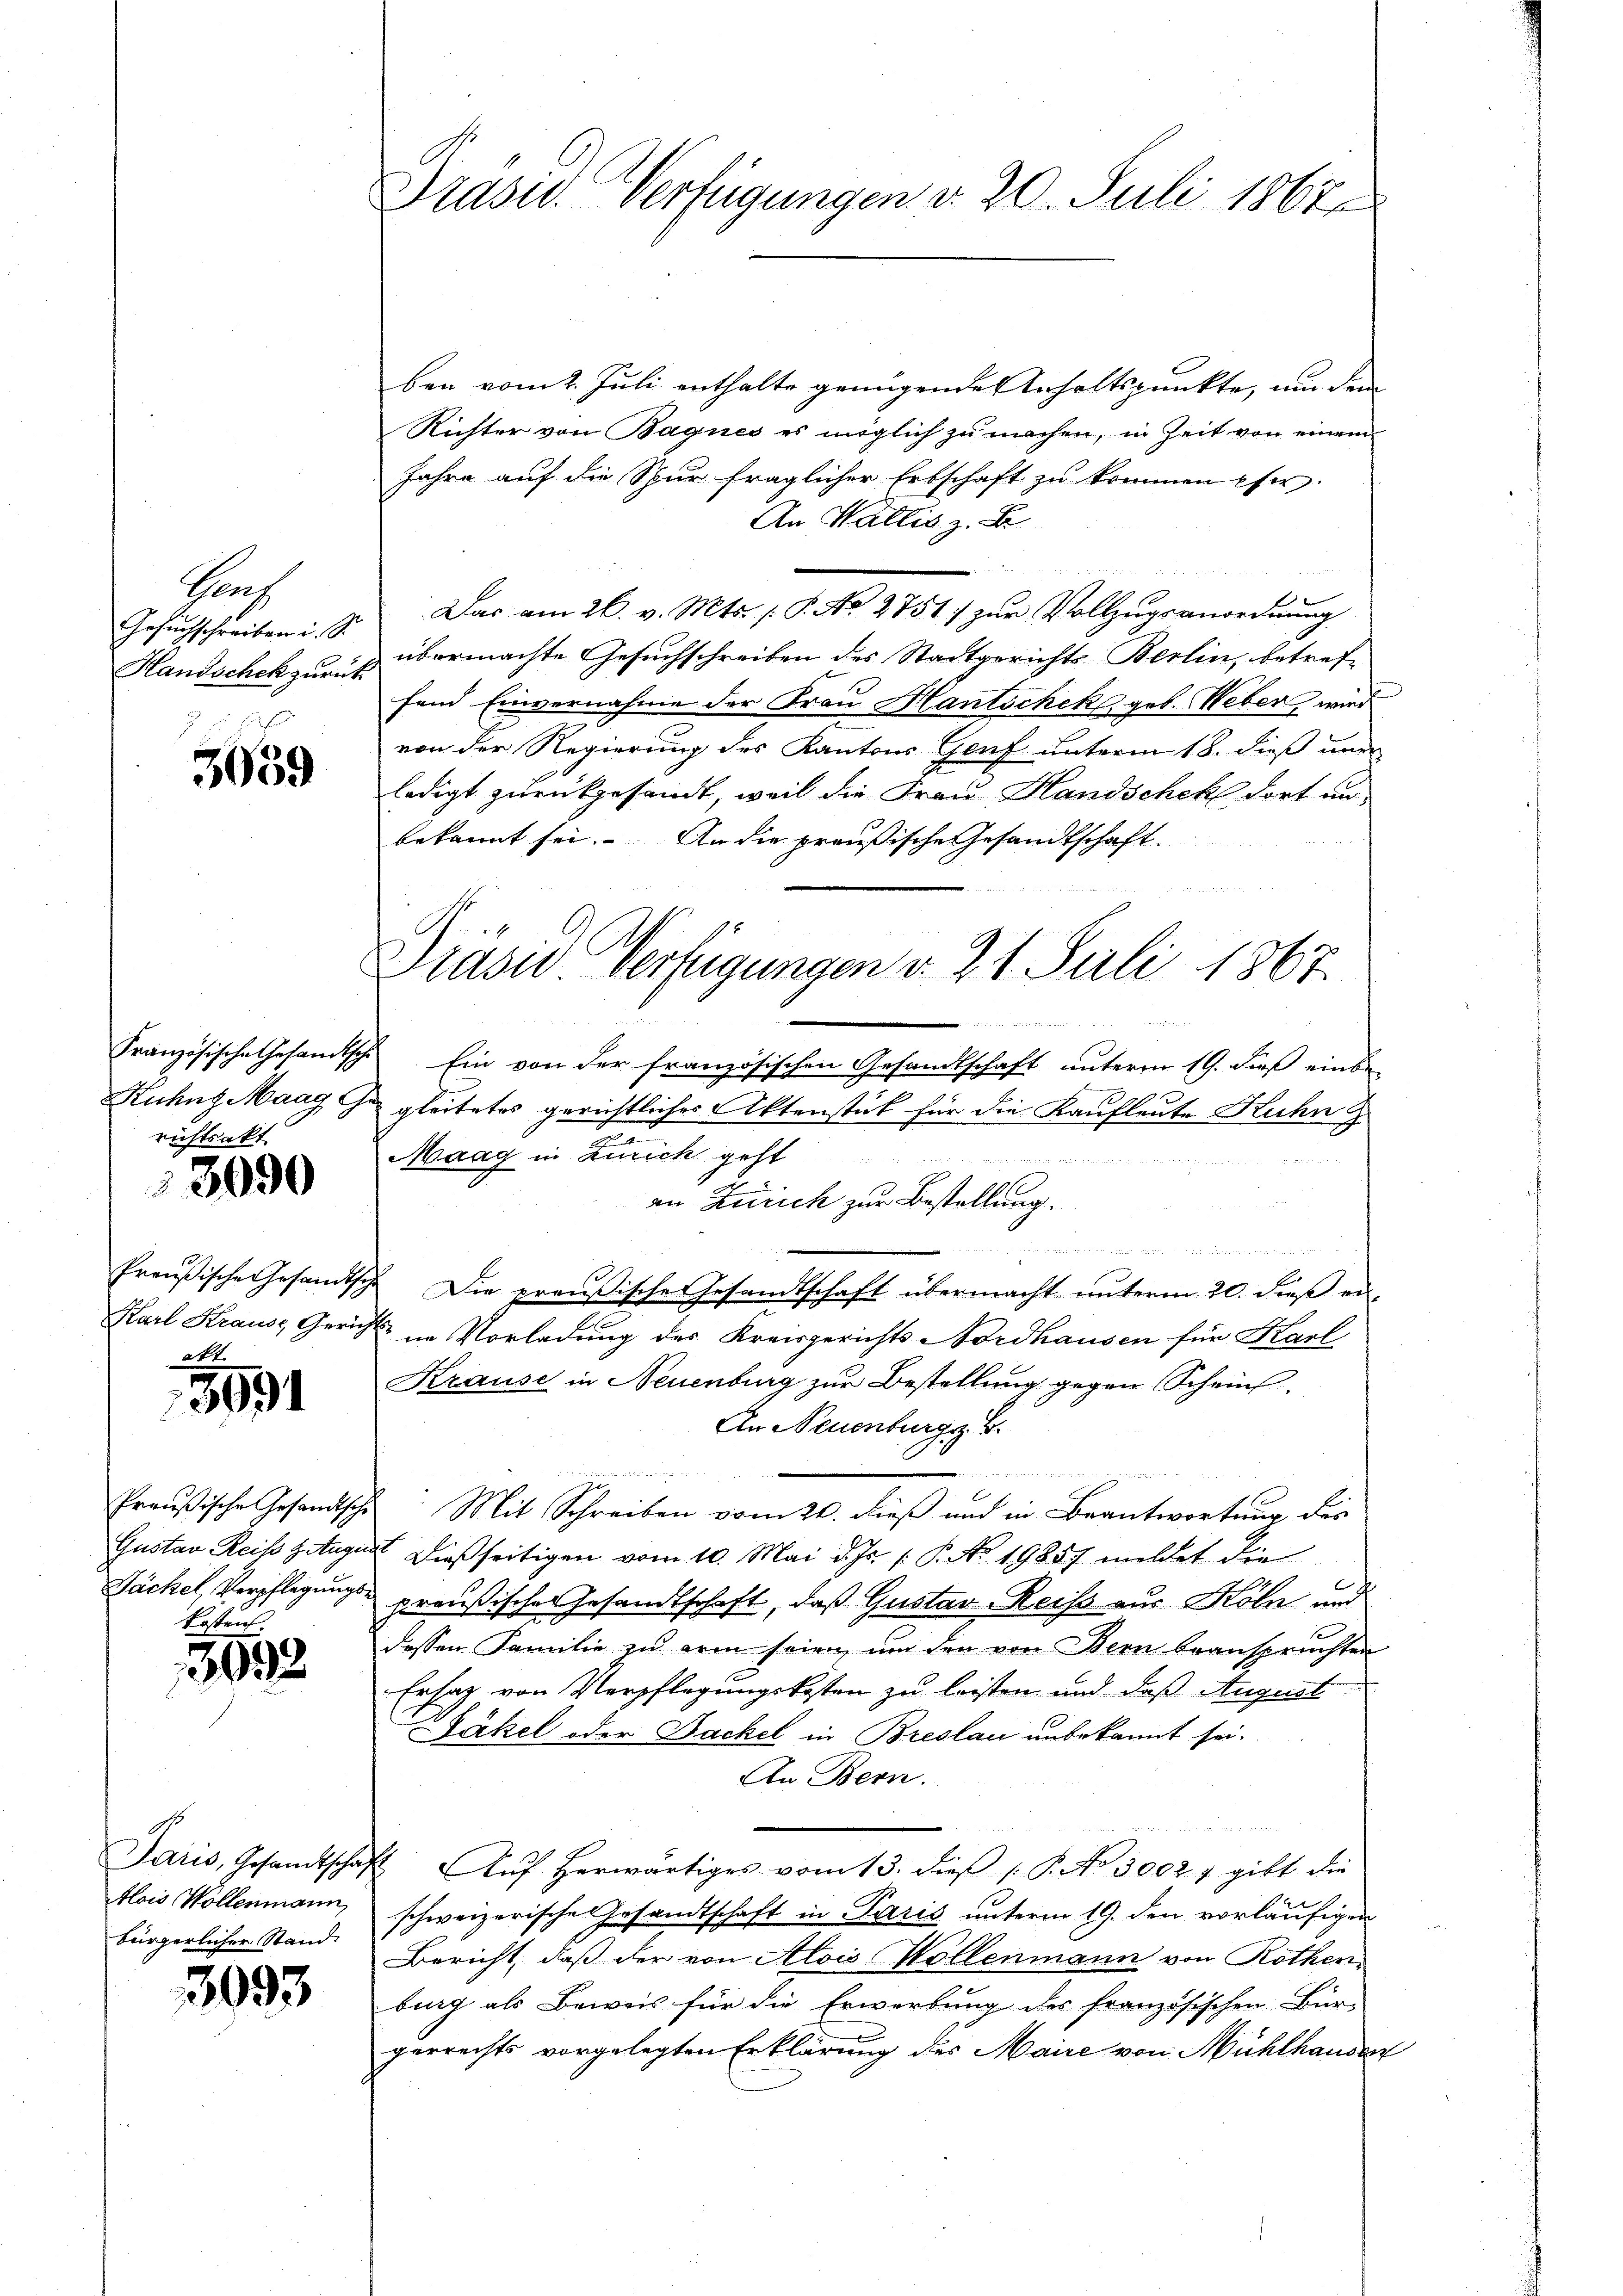
Prof
Gesuchschreiben i. S.
Handschek zurück

3659

Französische Gesandtsche
Ruhnz Maag G
richtsakt

3090

Preußische Gesandtsch
Karl Krause Gerich
att.

399

Preußische Gesandtsche
Gustav Reiss Getugen
Dächel, Verpflegungskosten.

3698

Paris, Gesandtschaf
Alois Wollenmann,
bürgerlicher Stand.

3093

Prasw. Verfügungen d. 20. Juli 1867

ben vom 2. Juli enthalte genügende Inhaltspunkte, um dem
Richter von Bagnes es möglich zu machen, in Zeit von einem
Jahre auf die Spur fraglicher Erbschaft zu kommen pfer.
An Wallis z. B.
Das am 26. v. Mts. f. P. No 2751:/ zur Vollzugsanordnung
übermachte Gesuchschreiben des Stadtgerichts Berlin, betreffend Einvernahme der Frau Hantschek geb. Weber, wird
von der Regierung des Kantons Genf unterm 18. dieß und
ledigt zurückgesandt, weil die Frau Handschek dort un
bekannt sei. An die preußische Gesandtschaft
Ein von der französischen Gesandtschaft unterm 19. dieß einbe
gleitetes gerichtliches Aktenstück für die Kaufleute Kuhn
Maag in Zürich geht

an Zürich zur Bestellung.

2 Die preußische Gesandtschaft übermacht unterm 20. dieß ei-
u in Vorladung des Kreisgerichts Nordhausen für Karl
Krause in Neuenburg zur Bestellung gegen Scheint.
An Neuenburgs B.

w
Mit Schreiben vom 20. dieß und in Beantwortung des
Dießseitigen vom 10. Mai d. Js. P. Nr. 19857 mildet die
preußische Gesandtschaft, daß Gustav-Reiss aus Köln und
dessen Familie zu arm seien, um den von Bern beansprüchten
Ersatz von Verpflegungskosten zu leisten und daß August
Fäkel oder Dachel in Breslau unbekannt sei.
An Bern.
n
4. Aŭf herwärtiges vom 13. dieβ (: P. No 3002 7 gibt die
schweizerische Gesandtschaft in Paris unterm 19. den vorläufigen
Bericht, daß der von Alois Wollenmann von Rothen
burg als Beweis für die Erwerbung des französischen Bür-
gerrechts vorgelegten Erklärung des Maire von Mühlhausen

Präsid Verfügungen v. 21. Juli 1867.